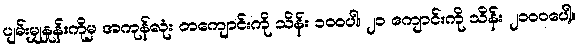
ပျမ်းမျှနှုန်းကိုမှ အကုန်လုံး တကျောင်းကို သိန်း ၁ဝဝပါ၊ ၂၁ ကျောင်းကို သိန်း ၂၁ဝဝပေါ့။